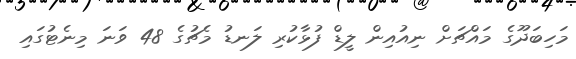
މަހިބަދޫގެ މައްޗަށް ނިއުއިން ލީޑް ފުޅާކުރި ލަނޑު މެޗުގެ 48 ވަނަ މިނެޓުގައި